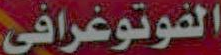
الفوتوغرافي